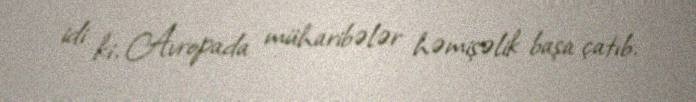
idi ki, Avropada müharibələr həmişəlik başa çatıb.